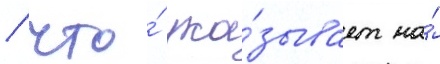
/ что́ ука́зывает на́